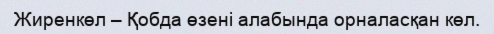
Жиренкөл – Қобда өзені алабында орналасқан көл.